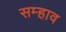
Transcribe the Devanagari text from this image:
सम्हाव